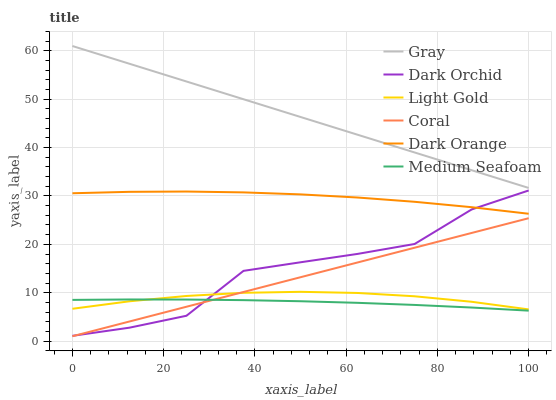
| xaxis_label | Gray | Dark Orchid | Light Gold | Coral | Dark Orange | Medium Seafoam |
 | --- | --- | --- | --- | --- | --- | --- |
 | 0 | 61 | 1.09 | 6.68 | 1 | 30.6 | 8.52 |
 | 12.5 | 57.3 | 2.77 | 8.23 | 4.05 | 30.9 | 8.6 |
 | 25 | 53.7 | 5.24 | 9.33 | 7.1 | 30.9 | 8.59 |
 | 37.5 | 50 | 14.5 | 9.98 | 10.2 | 30.7 | 8.47 |
 | 50 | 46.3 | 16.3 | 10.2 | 13.2 | 30.3 | 8.24 |
 | 62.5 | 42.7 | 18 | 9.95 | 16.3 | 29.7 | 7.91 |
 | 75 | 39 | 20.1 | 9.26 | 19.3 | 28.8 | 7.47 |
 | 87.5 | 35.3 | 27.2 | 8.13 | 22.4 | 27.7 | 6.94 |
 | 100 | 31.7 | 31.1 | 6.55 | 25.4 | 26.3 | 6.29 |